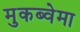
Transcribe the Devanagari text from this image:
मुकब्वेमा